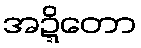
အဍ္ဍိတော